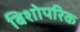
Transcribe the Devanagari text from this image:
बिशोपरिक